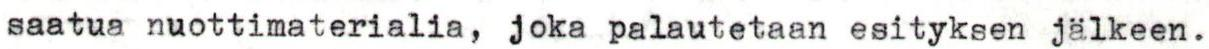
saatua nuottimaterialia, joka palautetaan esityksen jälkeen.